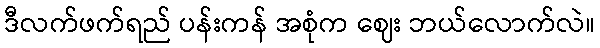
ဒီလက်ဖက်ရည် ပန်းကန် အစုံက ဈေး ဘယ်လောက်လဲ။